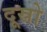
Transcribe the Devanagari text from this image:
दूस्रो